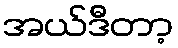
အယ်ဒီတာ့